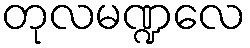
တုလမဏ္ဍလေ